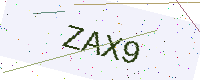
Text: ZAX9